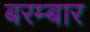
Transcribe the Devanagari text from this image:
बरम्बार